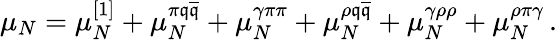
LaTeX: \mu_{N}=\mu_{N}^{\left[1\right]}+\mu_{N}^{\pi\mathfrak{q}\overline{{{{\mathfrak{q}}}}}}+\mu_{N}^{\gamma\pi\pi}+\mu_{N}^{\rho\mathfrak{q}\overline{{{{\mathfrak{q}}}}}}+\mu_{N}^{\gamma\rho\rho}+\mu_{N}^{\rho\pi\gamma}\, .